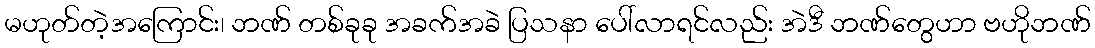
မဟုတ်တဲ့အကြောင်း၊ ဘဏ် တစ်ခုခု အခက်အခဲ ပြသနာ ပေါ်လာရင်လည်း အဲဒီ ဘဏ်တွေဟာ ဗဟိုဘဏ်